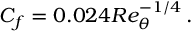
C _ { f } = 0 . 0 2 4 R e _ { \theta } ^ { - 1 / 4 } \, .